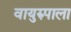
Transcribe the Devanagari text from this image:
वायुरुपाला